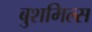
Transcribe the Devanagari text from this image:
बुशमिल्स